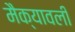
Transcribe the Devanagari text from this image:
मैक्यावली